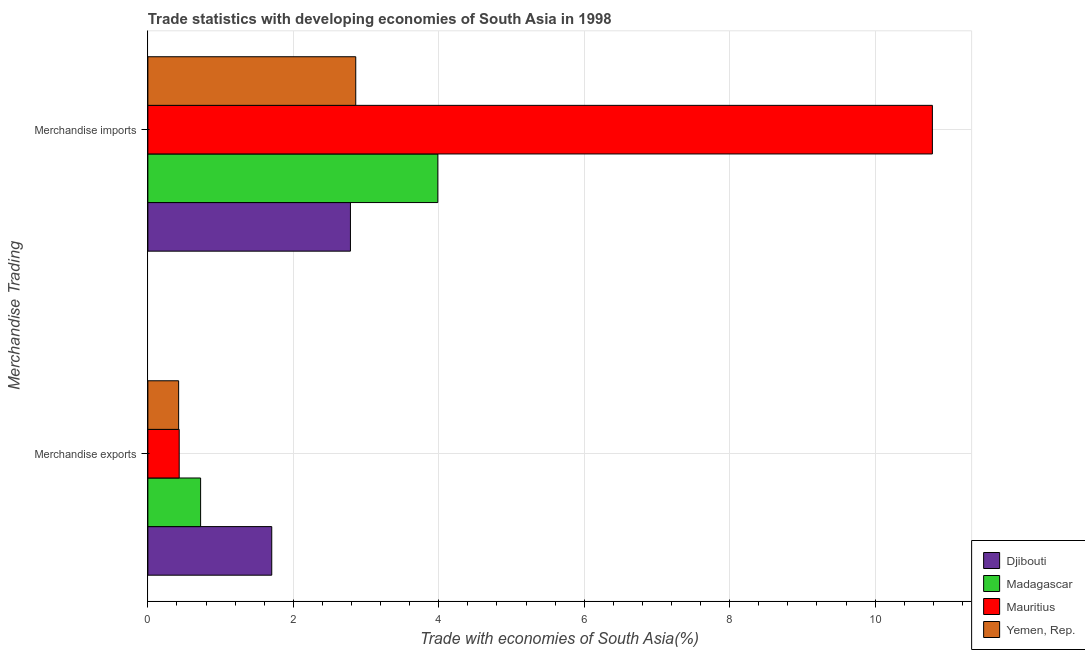
| Merchandise Trading | Djibouti | Madagascar | Mauritius | Yemen, Rep. |
 | --- | --- | --- | --- | --- |
 | Merchandise exports | 1.7 | 0.725 | 0.431 | 0.423 |
 | Merchandise imports | 2.79 | 3.99 | 10.8 | 2.86 |